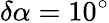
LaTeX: \delta\alpha=10^{\circ}